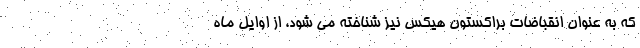
که به عنوان انقباضات براکستون هیکس نیز شناخته می شود، از اوایل ماه